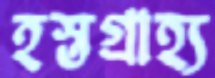
হস্তগ্রাহ্য